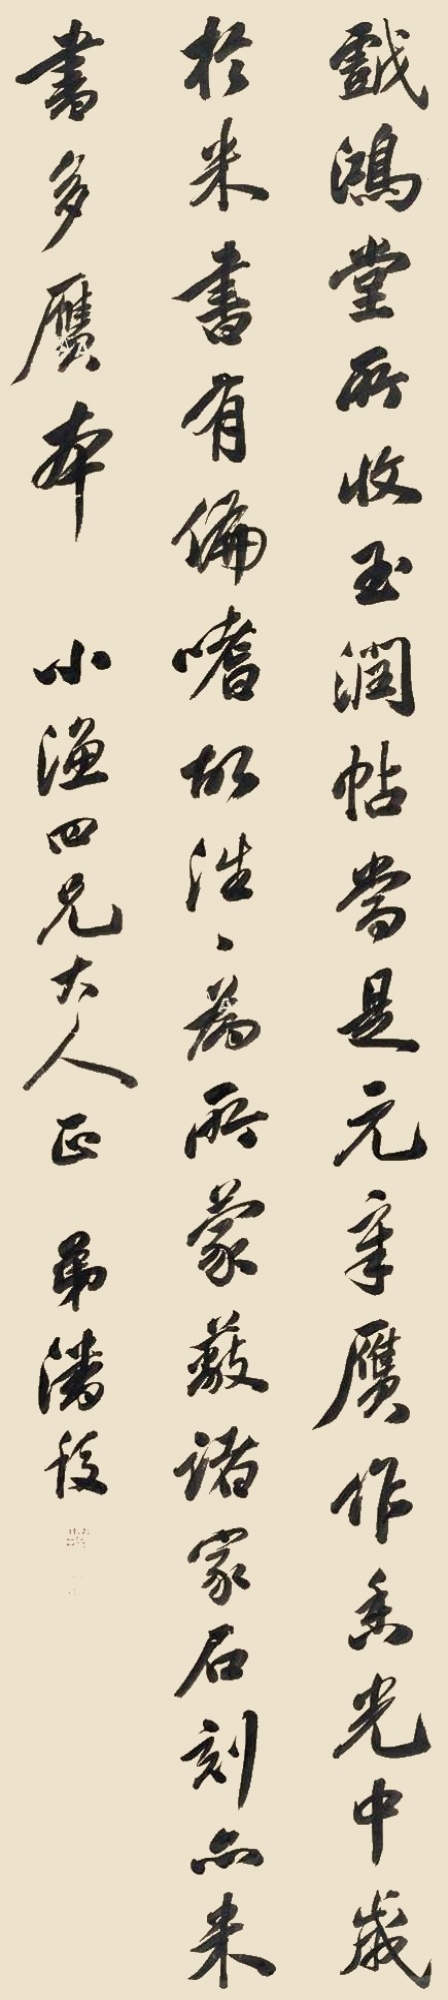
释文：戏鸿堂所收玉润帖当是元章赝作，香光中岁于米书有偏嗜，故往往为所蒙蔽，诸家石刻亦米书多赝本。小渔四兄大人正，弟潘馥。